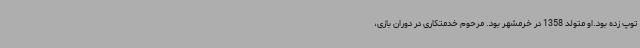
توپ زده بود.او متولد 1358 در خرمشهر بود. مرحوم خدمتکاری در دوران بازی،